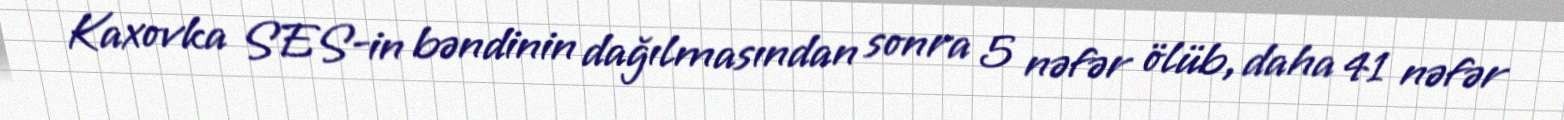
Kaxovka SES-in bəndinin dağılmasından sonra 5 nəfər ölüb, daha 41 nəfər